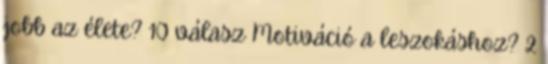
jobb az élete? 10 válasz Motiváció a leszokáshoz? 2